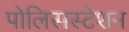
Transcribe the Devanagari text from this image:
पोलिसस्टेशन